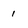
Character: 1